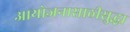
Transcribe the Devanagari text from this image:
आयोजनासाठीसुद्धा